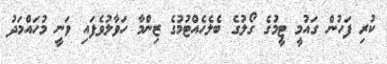
ކުރި ފަހުން ގައުމީ ޓީމުގެ ގޯލުގެ ބެލެހެއްޓުމުގެ ޒިންމާ ހަވާލުވެފައި ވަނީ މުހައްމަދު